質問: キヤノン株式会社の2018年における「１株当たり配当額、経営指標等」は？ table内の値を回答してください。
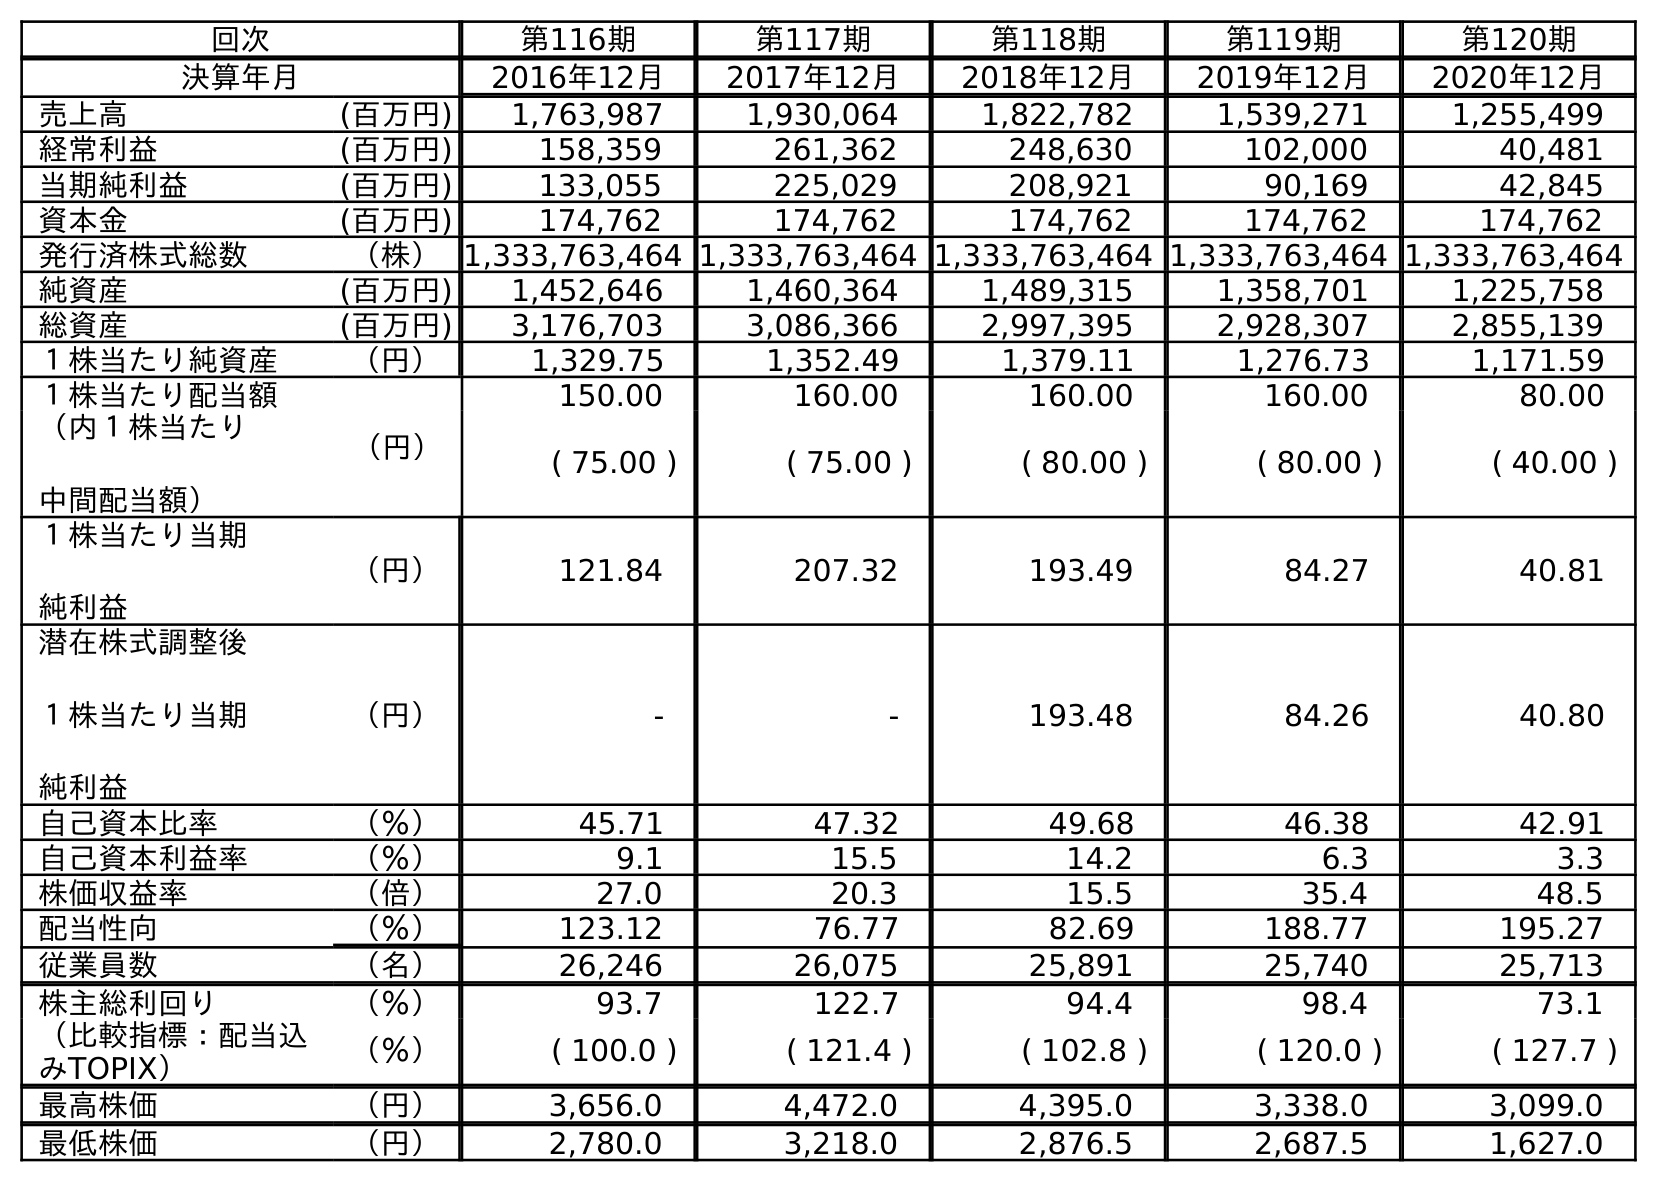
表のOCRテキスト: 回次 第116期 第117期 第118期 第119期 第120期 決算年月 2016年12月 2017年12月 2018年12月 2019年12月 2020年12月 売上高 (百万円) 1,763,987 1,930,064 1,822,782 1,539,271 1,255,499 経常利益 (百万円) 158,359 261,362 248,630 102,000 40,481 当期純利益 (百万円) 133,055 225,029 208,921 90,169 42,845 資本金 (百万円) 174,762 174,762 174,762 174,762 174,762 発行済株式総数 （株）1,333,763,464 1,333,763,464 1,333,763,464 1,333,763,464 1,333,763,464 純資産 (百万円) 1,452,646 1,460,364 1,489,315 1,358,701 1,225,758 総資産 (百万円) 3,176,703 3,086,366 2,997,395 2,928,307 2,855,139 １株当たり純資産 （円） 1,329.75 1,352.49 1,379.11 1,276.73 1,171.59 １株当たり配当額 （円） 150.00 160.00 160.00 160.00 80.00 （内１株当たり 中間配当額） ( 75.00 ) ( 75.00 ) ( 80.00 ) ( 80.00 ) ( 40.00 ) １株当たり当期 純利益 （円） 121.84 207.32 193.49 84.27 40.81 潜在株式調整後 １株当たり当期 純利益 （円） - - 193.48 84.26 40.80 自己資本比率 （％） 45.71 47.32 49.68 46.38 42.91 自己資本利益率 （％） 9.1 15.5 14.2 6.3 3.3 株価収益率 （倍） 27.0 20.3 15.5 35.4 48.5 配当性向 （％） 123.12 76.77 82.69 188.77 195.27 従業員数 （名） 26,246 26,075 25,891 25,740 25,713 株主総利回り （％） 93.7 122.7 94.4 98.4 73.1 （比較指標：配当込 みTOPIX） （％） ( 100.0 ) ( 121.4 ) ( 102.8 ) ( 120.0 ) ( 127.7 ) 最高株価 （円） 3,656.0 4,472.0 4,395.0 3,338.0 3,099.0 最低株価 （円） 2,780.0 3,218.0 2,876.5 2,687.5 1,627.0
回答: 160.00